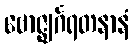
ဗောဇ္ဈင်္ဂရတနာနံ